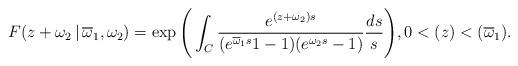
LaTeX: \begin{align*}F(z+\omega_2\,|\,\overline\omega_1,\omega_2)=\exp\Bigg(\int_{C} \frac{e^{(z+\omega_2)s}}{(e^{\overline\omega_1 s}1-1)(e^{\omega_2 s}-1)}\frac{ds}{s}\Bigg) , 0<(z)<(\overline\omega_1).\end{align*}